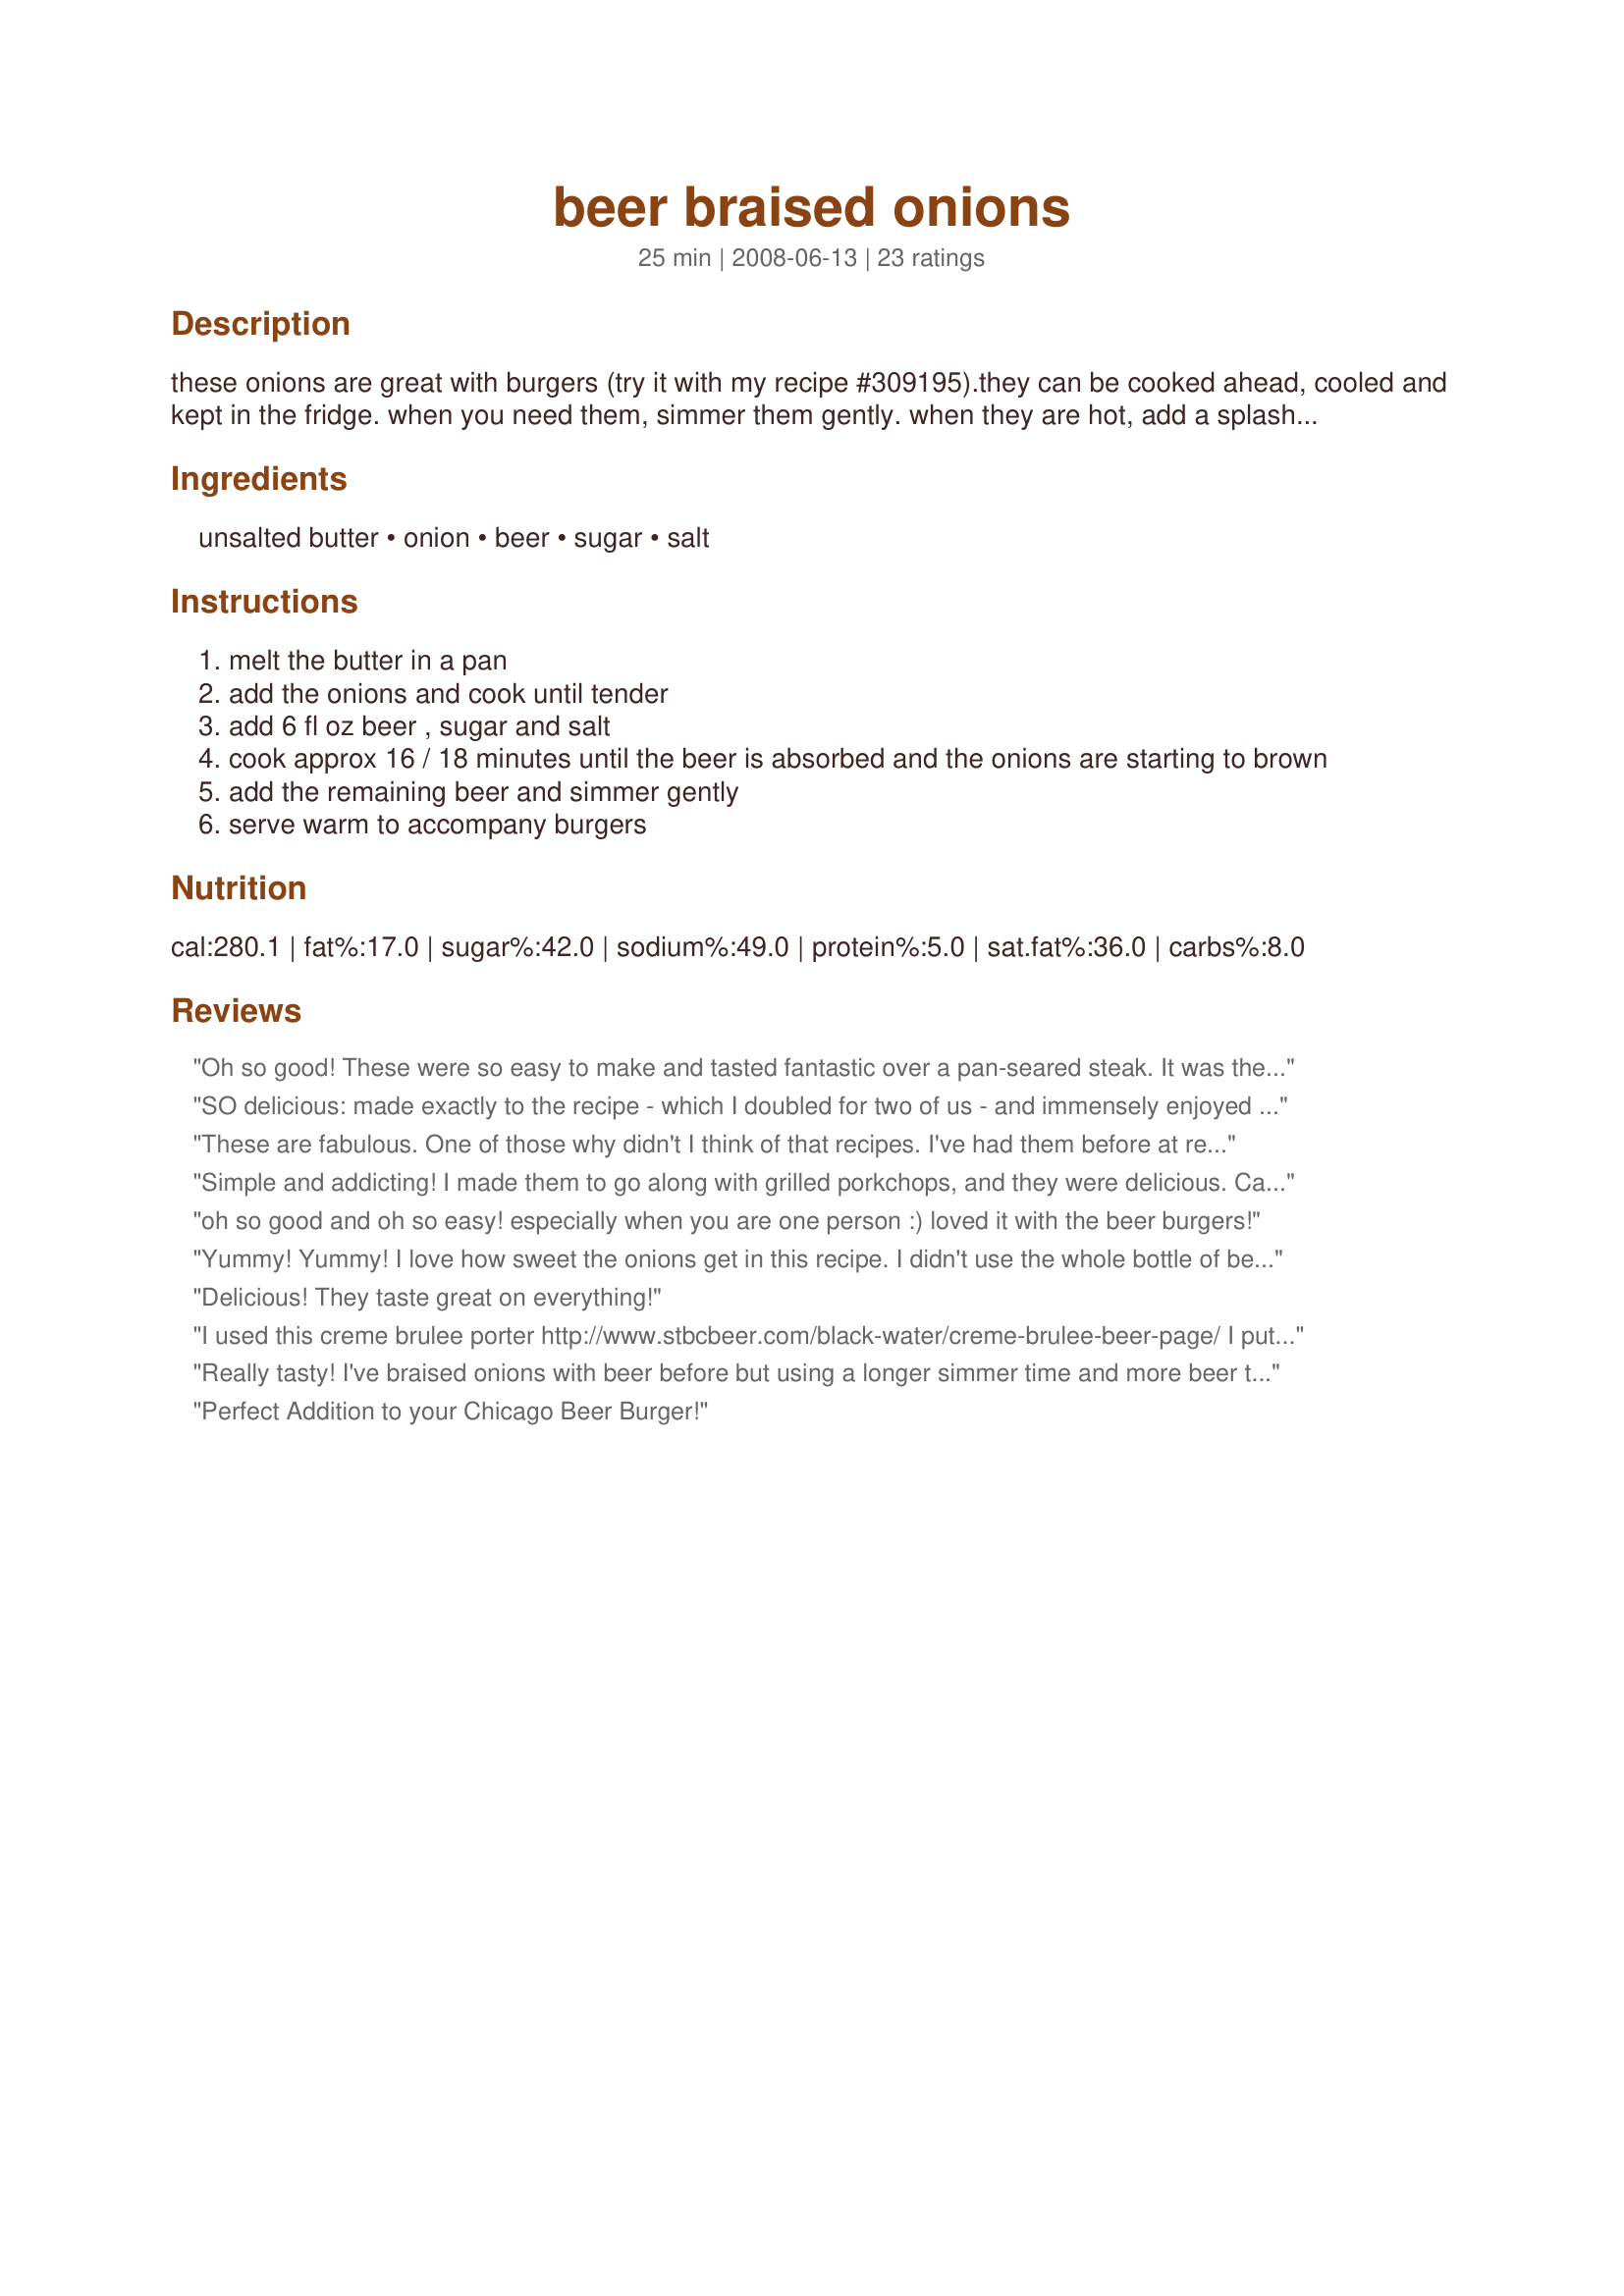
beer braised onions
Preparation time: 25 minutes

these onions are great with burgers (try it with my recipe #309195).they can be cooked ahead, cooled and kept in the fridge. when you need them, simmer them gently. when they are hot, add a splash of beer to perk up the flavour.

Ingredients:
unsalted butter, onion, beer, sugar, salt

Steps:
melt the butter in a pan
add the onions and cook until tender
add 6 fl oz beer , sugar and salt
cook approx 16 / 18 minutes until the beer is absorbed and the onions are starting to brown
add the remaining beer and simmer gently
serve warm to accompany burgers

Reviews:
Oh so good! These were so easy to make and tasted fantastic over a pan-seared steak. It was the perfect amount for just the two of us! I used a local Costa Rican beer - Imperial, but next time will spring for a darker import. Oh, and used a raw cane sugar rather than refined white. Yummy!!! Thanks for posting, Noo! Made for Fall PAC 2012.
SO delicious: made exactly to the recipe - which I doubled for two of us - and immensely enjoyed with Noo's Recipe#309195 and a shandy - 1/2 lemonade and 1/2 beer. What else do non-beer-drinkers do with the leftover beer! Yay! :)Beer is a great ingredient! I'll definitely be making these two recipes again! These onions would also be a great accompaniment to meatloaf. Thanks for sharing these two super recipes, Noo! Made for PRMR.
These are fabulous. One of those why didn't I think of that recipes. I've had them before at restaurants but for some reason I never thought to make myself. I used a lager microbrew and couldn't have been happier.
Simple and addicting! I made them to go along with grilled porkchops, and they were delicious. Can't wait to try this when the Vidalias come into season...Thanks, Noo!
oh so good and oh so easy! especially when you are one person :)

loved it with the beer burgers!
Yummy! Yummy! I love how sweet the onions get in this recipe. I didn't use the whole bottle of beer, so I'm making this again tonight! Loved it. I used Budweiser and it tasted fine. Thanks for this one!
Delicious! They taste great on everything!
I used this creme brulee porter http://www.stbcbeer.com/black-water/creme-brulee-beer-page/ I put them over cheese pierogies in a slow cooker in a little extra butter for a pot luck. They were a hit! So yummy and versatile
Really tasty! I've braised onions with beer before but using a longer simmer time and more beer than I've used previously really did help soak up the flavour and gave a great result.
Perfect Addition to your Chicago Beer Burger!
These are fantastic and pair perfectly with Recipe #309195 . I can see these being great on grilled steak or as part of a fajita mixture. Perfect. Will definitely make these again!
These were awesome on our grilled bratwursts. Great flavor and very easy to prepare. I used St. Pauli Girl dark beer. Made for PRMR.
This was lovely on top of hamburgers & I think a lot depends on the type of beer you use, the onions really absorb it well. I would have liked it a little sweeter but it was still a lovely side, thanks Noo!
Wonderful flavour! We had these onions with burgers- they tasted great on top of the burgers and as a side dish. We'll definitely return to this recipe!
Yummy! This turned a plain burger into a great resaurant burger! The only change I made was I cooked the burgers in the skillet with butter and McCormicks Grill Mates seasoning, then removed the burgers and added the onions to the skillet and proceeded from there as directed. Superb flavor, thanks for posting. :)
This was so easy and so good! It made just enough for two servings. We loved the sweetness of the onions. They were tender and packed full of yummy flavors. Served them on top of recipe #164483 for a delicious sandwich. Thanks for posting. :)
Made using *Gull* (Icelandic beer by Egils) & to accompany your Recipe #309195 tagged in the *Best of 2008* cookbook game ~ They were the star of the combo, an easy-fix & so versatile that I expect to find many other ways to use & enjoy them. Thx for sharing this great recipe w/us.
Loved these onions!! I served over Recipe #326218 and what a great combination it made for dinner. Very quick and easy to get together and I am sure would be great to accompany almost any type of meat/poultry!! Thanks for sharing the recipe Noo!! Made for Stars Tag.
I had these with the Chicago Beer Burgers and they were great. The beer combined with the caramelization has a zen-like quality that it gives the onions. I do recommend this on every burger!
Worked very well! Added some green pepper and used a light beer! Served with grilled brats. Thanks.
Very good, easy to do recipe. We have been making fried onions forever with brats. I had never added sugar before. These were pretty good. I can't wait to try it again when Vidalias come back in season. Made and Reviewed for 1-2-3 Hit Wonders Tag - Thanks :)
So delicious and so easy to make. While we don&#039;t drink beer, I keep it on hand for occasions such this as I love to cook with it. These onions really went well with your recipe#309195. Made for PRMR, August 2013.
These made for the most awesome cheesesteaks ever. These are easy enough that they can be made whenever you have burgers.
